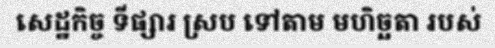
សេដ្ឋកិច្ច ទីផ្សារ ស្រប ទៅតាម មហិច្ឆតា របស់